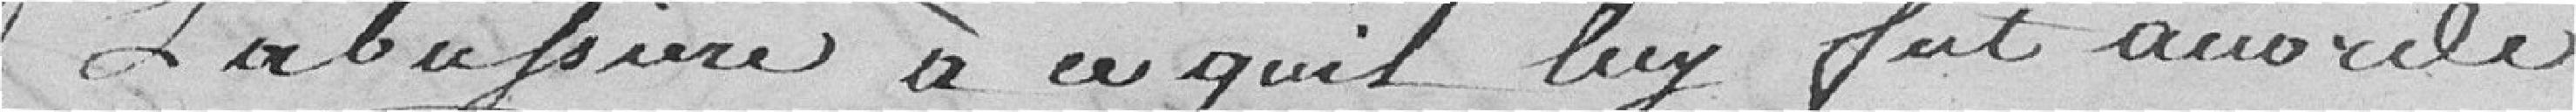
Labussière, à ce qu'il lui fut accordé